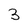
Character: 3